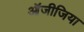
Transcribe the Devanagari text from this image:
ऑजीजिया